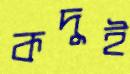
কদুই